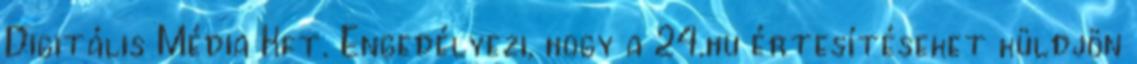
Digitális Média Kft. Engedélyezi, hogy a 24.hu értesítéseket küldjön